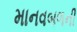
માનવબળની